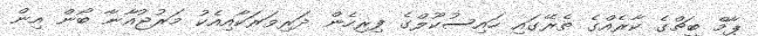
ޕާމް ބީޗްގެ ކާރެއްގެ ތެރޭގައި ހައިސުކޫލްގެ ފިރިހެން ދަރިވަރަކާއިއެކު މަރުޖުއާނާ ބޯން އިން